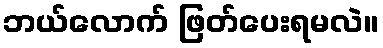
ဘယ်လောက် ဖြတ်ပေးရမလဲ။